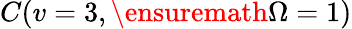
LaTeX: C(v=3,\ensuremath{\Omega}=1)